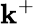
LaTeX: \mathbf{k}^{+}